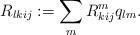
LaTeX: \begin{align*} R_{lkij}:=\sum_m R^m_{kij}q_{lm}. \end{align*}